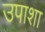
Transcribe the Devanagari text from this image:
उपाशा